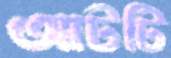
আটটি